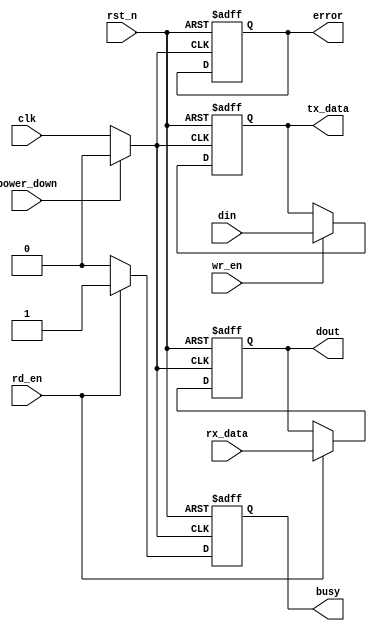
module gddr6_io_block #(
    parameter DATA_WIDTH = 32,  // Data width: 16 or 32 bits
    parameter DATA_RATE = 16     // Data rate in Gbps
)(
    input wire clk,               // High-speed reference clock
    input wire rst_n,             // Active low reset
    input wire [DATA_WIDTH-1:0] din,  // Data input from memory controller
    output wire [DATA_WIDTH-1:0] dout, // Data output to memory controller
    input wire wr_en,             // Write enable signal
    input wire rd_en,             // Read enable signal
    output wire busy,             // Busy signal
    output wire error,            // Error flag
    input wire power_down,        // Power down signal
    output wire [DATA_WIDTH-1:0] tx_data, // Transmitted data
    input wire [DATA_WIDTH-1:0] rx_data // Received data
);

// Internal signals
reg [DATA_WIDTH-1:0] tx_buffer;
reg [DATA_WIDTH-1:0] rx_buffer;
reg busy_reg;
reg error_reg;

// Clock management
wire clk_gated;
assign clk_gated = power_down ? 1'b0 : clk; // Clock gating

// Transmitter (TX) Logic
always @(posedge clk_gated or negedge rst_n) begin
    if (!rst_n) begin
        tx_buffer <= 0;
    end else if (wr_en) begin
        tx_buffer <= din; // Load data into TX buffer
    end
end

// Signal Integrity Techniques (Pre-emphasis and Equalization)
// Note: These are placeholders for actual implementations
// Implement pre-emphasis and equalization logic as needed here

assign tx_data = tx_buffer; // Output the transmitted data

// Receiver (RX) Logic
always @(posedge clk_gated or negedge rst_n) begin
    if (!rst_n) begin
        rx_buffer <= 0;
        busy_reg <= 1'b0;
        error_reg <= 1'b0;
    end else if (rd_en) begin
        rx_buffer <= rx_data; // Load received data into RX buffer
        busy_reg <= 1'b1; // Indicate busy state
    end else begin
        busy_reg <= 1'b0; // Clear busy state
    end
end

assign dout = rx_buffer; // Output the received data
assign busy = busy_reg; // Output busy signal
assign error = error_reg; // Output error flag (for now always 0)

// Power Management Logic
// Placeholder for power management logic
// Implement dynamic power management as needed

endmodule